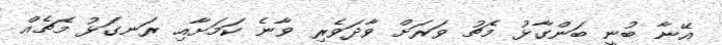
އޭނާ ބުނީ ބަންގާޅު މެޗު ވަރަށް ވާދަވެރި ވާނެ ކަމަށާއި ރަނގަޅު މެޗެއް